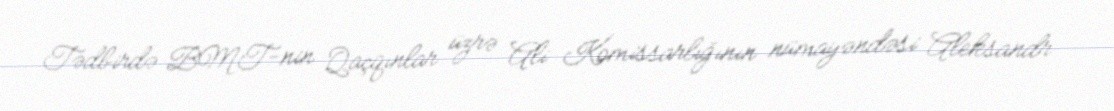
Tədbirdə BMT-nin Qaçqınlar üzrə Ali Komissarlığının nümayəndəsi Aleksandr